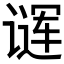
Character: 𬤖